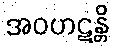
အဝဟဋန္တိ